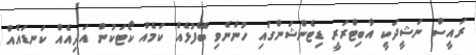
ރައީސް ނަޝީދަކީ އާބިޓްރަރީ ޑިޓެންޝަންގައި ހުންނެވި ބޭފުޅެއް ކަމެއް ކޯޓަކުން އަދިއެއް ކަނޑައެއް